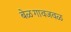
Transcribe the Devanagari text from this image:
बेळगावजवळ